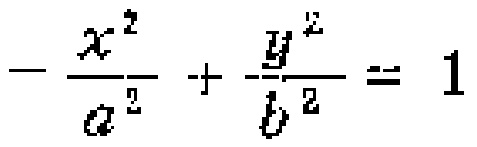
\(-\frac{x^{2}}{a^{2}}+\frac{y^{2}}{b^{2}} = 1\)